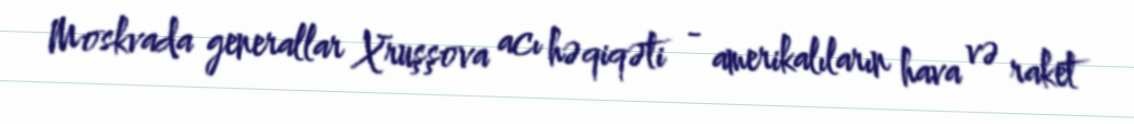
Moskvada generallar Xruşşova acı həqiqəti - amerikalıların hava və raket